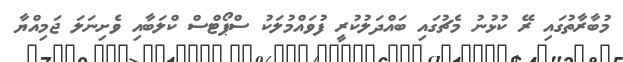
މުބާރާތުގައި ރޭ ކުޅުނު މެޗުގައި ބައްދަލުކުރީ ފުވައްމުލަކު ސްޕޯޓްސް ކްލަބާއި ވެށިނަލަ ޖަމިއްޔާ